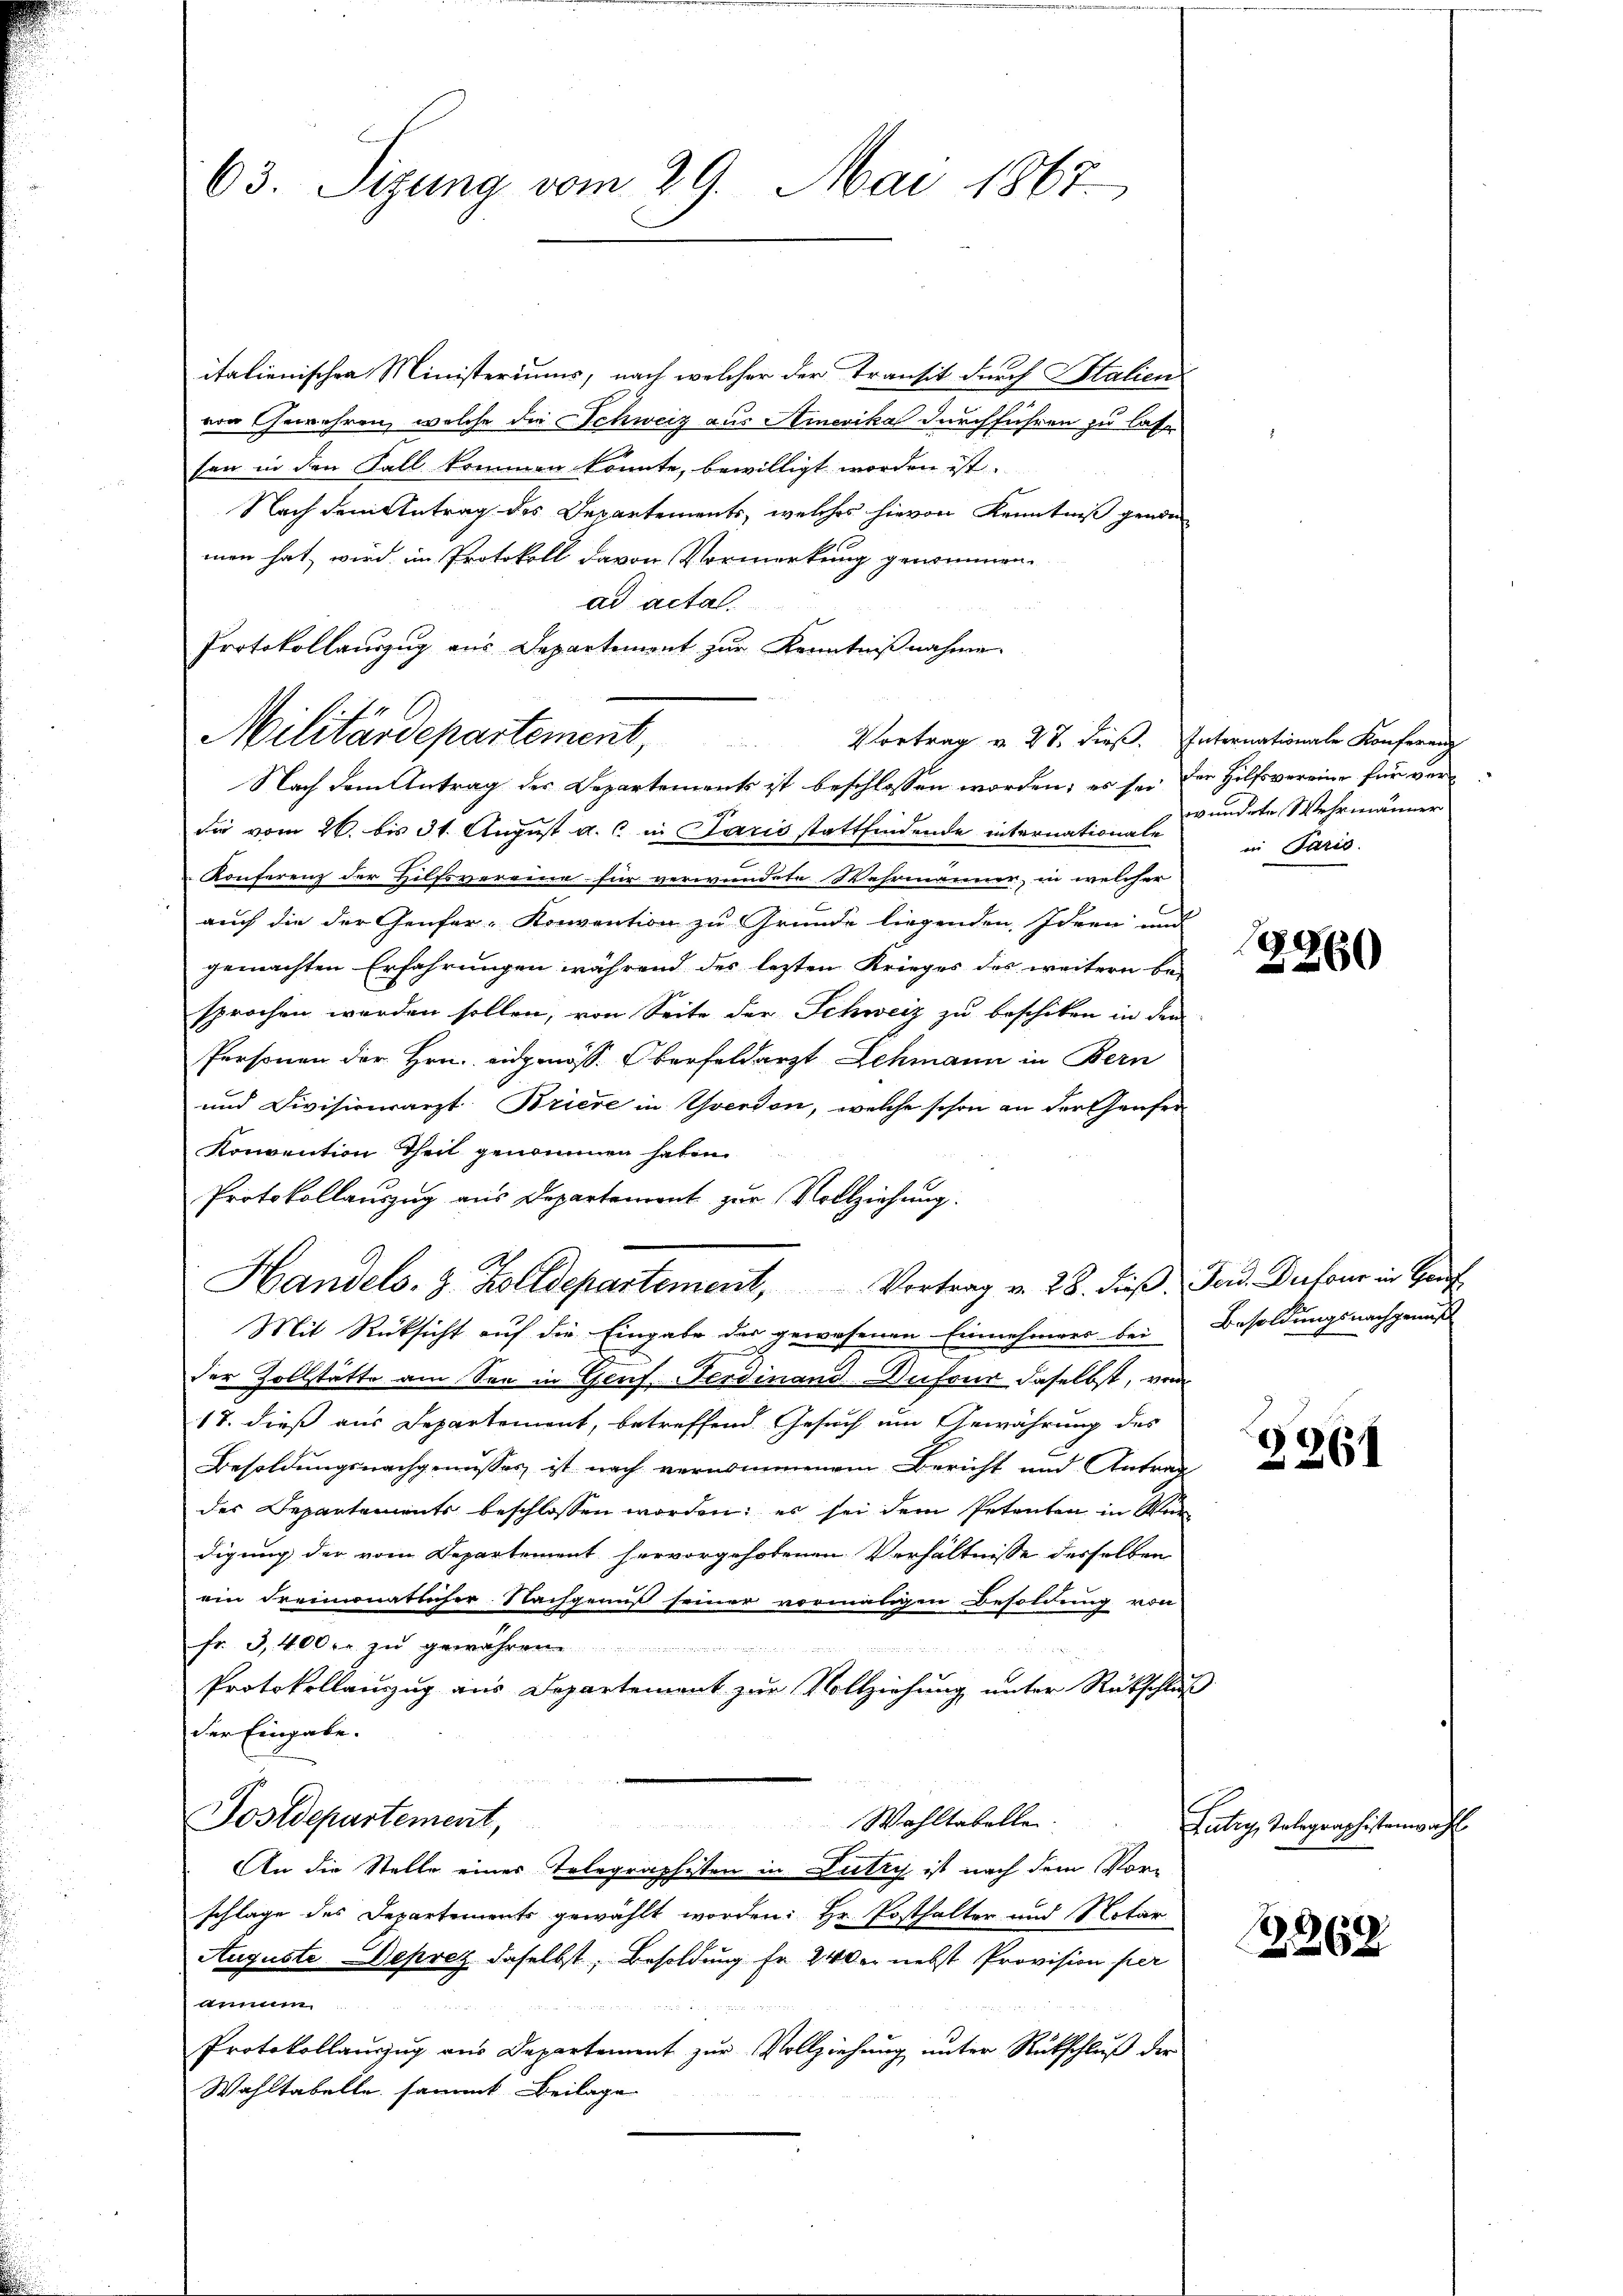
63. Sizung vom 29. Mai 1867

italienischen Ministeriums, nach welcher der Transit durch Italien
von Gewehren, welche die Schweiz aus Amerika durchführen zu lasse
sen in den Fall kommen könnte, bewilligt worden ist.
Nach dem Antrag des Departements, welches hievon Kenntniß genom
men hat, wird im Protokoll davon Vormerkung gewinnen.
ad acta.
Protokollauszug aus Departement zur Kenntnißnahme.
Nach dem Antrag des Departements ist beschlossen worden; es sei der Hilfsvereine für ver
Sie vom 26. bis 31. August a. c. in Paris stattfindende internationale
Konferenz der Hilfsvereine für verwundete Wahrmänner, in welcher
auch die der Genfer-Konvention zu Grunde liegenden Ideen und
gemachten Erfahrungen während des letzten Krieges des weitern be-
sprochen werden sollen, von Seite der Schweiz zu beschiken in dem
Personen der Hrn. Eidgenöss. Oberfeldarzt Schmann in Bern
und Divisionsarzt. Briere in Yverdon, welche schon an der Genfer
Konvention Theil genommen haben.
Protokollauszug aus Departement zur Vollziehung.
Handels. z. Zolldepartement, Vortrag v. 28. dieβ Fond. Dufour in Hau
Mit Rücksicht auf die Eingabe des gewesenen Einnehmens bei
der Zollstätte am See in Genf, Ferdinand Dufour daselbst, von
18. dieß aus Departement, betreffend Gesuch um Gewährung des
Besoldungsnachgenusses ist nach vernommenem Bericht und Antrag
des Departements beschlossen worden; es sei dem Petenten in Würdigung der vom Departement hervorgehobenen Verhältnisse desselben
ein Freimonatlicher Nachgenuß seiner vormaligen Besoldung von
fr. 3, 400fr. zu gewähren
Protokollanzug aus Departement zur Vollziehung unter Rütschluß
der Eingabe.
Postdepartement,
Wahltabelle.
An die Stelle eines Telegraphisten in Lutry ist nach dem Vorschlage des Departements gewählt worden: Hr. Posthalter und Notar
Auguste Deprez daselbst, Besoldung fr. 240 er nebst Provision per
annum
Protokollaŭszŭg aŭs Departement zŭr Vollziehŭng ŭnter Rückschlŭβ der
Wahltabelle sammt Beilage

Militärdepartement, Vortrag v. 27. dieß. Internationale Konferenz

wundete Wehrmänner
in Paris.

280
260

Besoldungsnachgemeß

2261

Zutry, Telegraphistenwa

B962